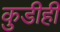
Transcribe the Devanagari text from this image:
कुडीही